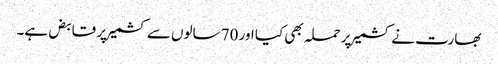
بھارت نے کشمیر پر حملہ بھی کیا اور 70 سالوں سے کشمیر پر قابض ہے۔